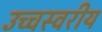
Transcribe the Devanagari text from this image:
उच्चस्वरीय